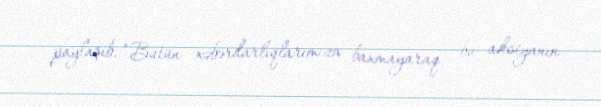
paylaşıb: “Bütün xəbərdarlıqlarımıza baxmayaraq, bu aksiyanın